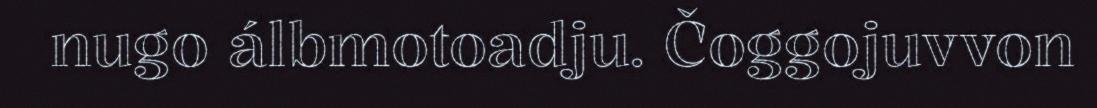
nugo álbmotoadju. Čoggojuvvon